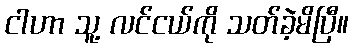
ငါဟာ သူ့ လင်ငယ်ကို သတ်ခဲ့မိပြီ။